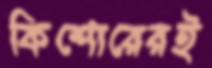
কিশোরেরই